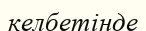
келбетінде